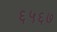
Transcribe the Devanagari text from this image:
६५६७